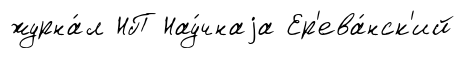
журна́л НП Нау́чнаjа Ер'ева́нск'ий